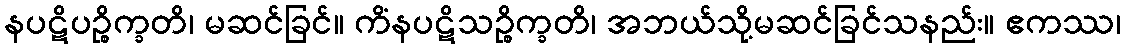
နပဋိပဉ္စိက္ခတိ၊ မဆင်ခြင်။ ကိံနပဋိသဉ္စိက္ခတိ၊ အဘယ်သို့မဆင်ခြင်သနည်း။ ဧကဿ၊